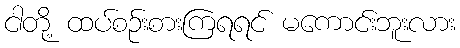
ငါတို့ ထပ်စဉ်းစားကြရရင် မကောင်းဘူးလား